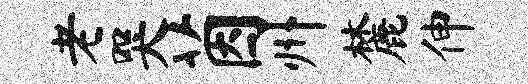
老哭茵州麓伸